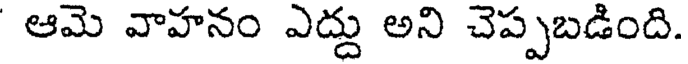
ఆమె వాహనం ఎద్దు అని చెప్పబడింది.